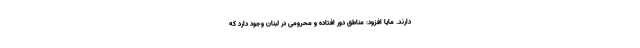
دارند. مایا افزود: مناطق دور افتاده و محرومی در لبنان وجود دارد که